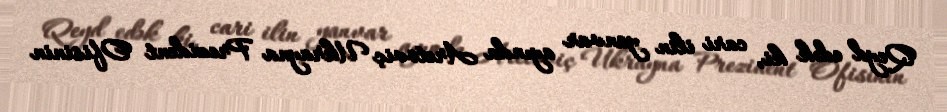
Qeyd edək ki, cari ilin yanvar ayında Aretoviç Ukrayna Prezident Ofisinin